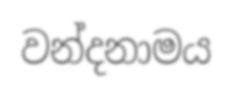
වන්දනාමය